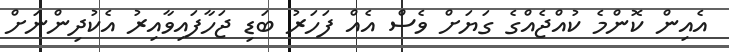
އެއިން ކޮންމެ ކުއްޖެއްގެ ގަޔަށް ވެސް އެއް ފަހަރު ބަޑި ޖަހާފައިވާއިރު އެކުދިންނަށް